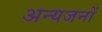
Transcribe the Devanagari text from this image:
अन्यजनों